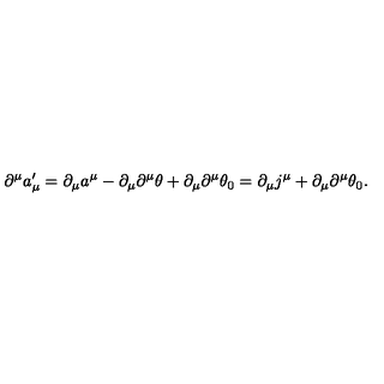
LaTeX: \partial ^ { \mu } a _ { \mu } ^ { \prime } = \partial _ { \mu } a ^ { \mu } - \partial _ { \mu } \partial ^ { \mu } \theta + \partial _ { \mu } \partial ^ { \mu } \theta _ { 0 } = \partial _ { \mu } j ^ { \mu } + \partial _ { \mu } \partial ^ { \mu } \theta _ { 0 } .